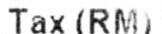
TAX (RM)